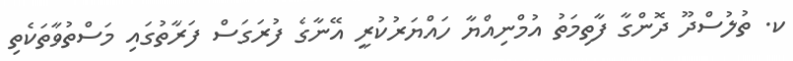
ކ. ތުލުސްދޫ ދޮންގާ ފާތިމަތު އުމްނިއްޔާ ހައްޔަރުކުރީ އޭނާގެ ފުރަގަސް ފަރާތުގައި މަސްތުވާތަކެތި